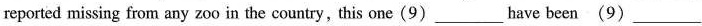
reported missing from any zo 0 in the country, this one(9)___have been (9)___